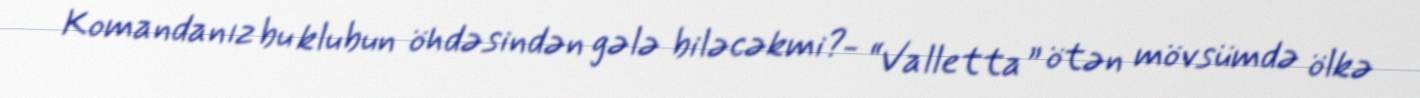
Komandanız bu klubun öhdəsindən gələ biləcəkmi?- “Valletta” ötən mövsümdə ölkə